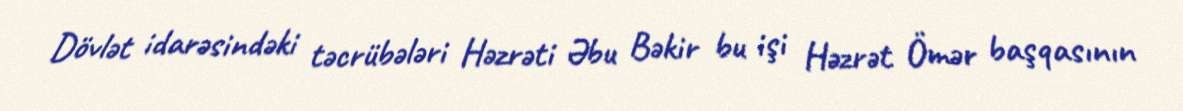
Dövlət idarəsindəki təcrübələri Həzrəti Əbu Bəkir bu işi Həzrət Ömər başqasının